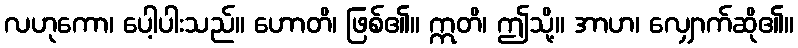
လဟုကော၊ ပေါ့ပါးသည်။ ဟောတိ၊ ဖြစ်၏။ ဣတိ၊ ဤသို့။ အာဟ၊ လျှောက်ဆို၏။